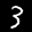
Label: 3